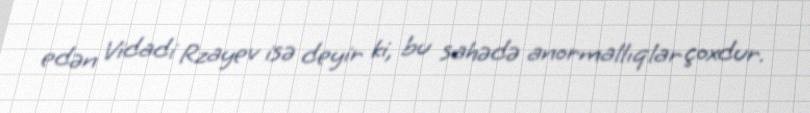
edən Vidadi Rzayev isə deyir ki, bu sahədə anormallıqlar çoxdur.